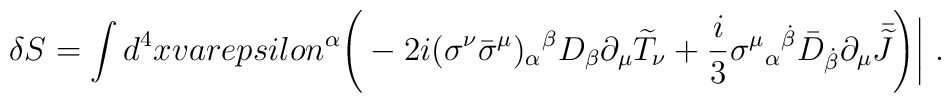
\delta S=\displaystyle\int d^4 x \\varepsilon^\alpha\displaystyle{\Biggl(}-2i (\sigma^\nu{\bar\sigma}^\mu)_\alpha{}^\beta D_\beta \partial_\mu{\widetilde T}_\nu+\frac{i}{3}\sigma^\mu{}_\alpha{}^{\dot{\beta}}{\bar D}_{\dot{\beta}}\partial_\mu{\kern .35em\bar{\kern -.35em{\widetilde J}}}\displaystyle{\Biggr)}\displaystyle{\biggl\vert}\ .